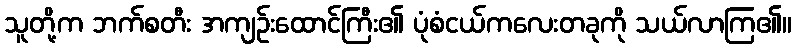
သူတို့က ဘက်စတီး အကျဉ်းထောင်ကြီး၏ ပုံစံငယ်ကလေးတခုကို သယ်လာကြ၏။